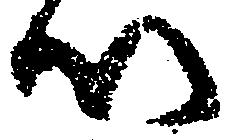
以